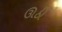
ઊઠી